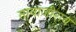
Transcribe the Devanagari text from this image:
तानाजीराव